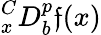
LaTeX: {}_{x}^{C}D_{b}^{p}\mathfrak{f}(x)